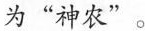
为”神农”。